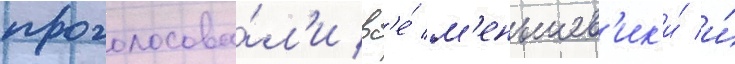
проголосова́л'и вс'е́ м'еньшев'ик'и́ и́